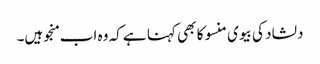
دلشاد کی بیوی منسو کا بھی کہنا ہے کہ وہ اب منجو ہیں۔